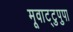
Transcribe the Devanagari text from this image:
मूवाट्टुपुपा